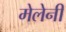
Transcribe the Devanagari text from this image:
मेलेनी